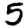
Digit: 5